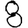
Digit: 8